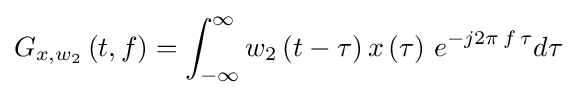
{G_{x,{w_{2}}}}\left({t,f}\right)=\int _{-\infty }^{\infty }{{w_{2}}\left({t-\tau }\right)x\left(\tau \right)\,{e^{-j2\pi \,f\,\tau }}d\tau }